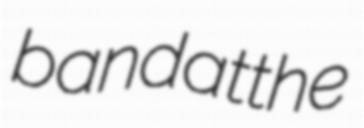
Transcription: band at the